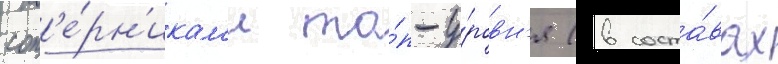
соп'е́рн'икам'и то́п-у́ровн'я (в соста́вах